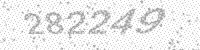
Solution: 282249